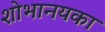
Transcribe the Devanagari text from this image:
शोभानयका